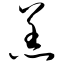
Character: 羔